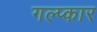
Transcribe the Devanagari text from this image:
गल्प्कार